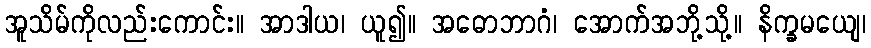
အူသိမ်ကိုလည်းကောင်း။ အာဒါယ၊ ယူ၍။ အဓောဘာဂံ၊ အောက်အဘို့သို့။ နိက္ခမယျေ၊